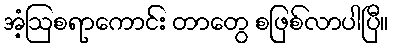
အံ့ဩစရာကောင်း တာတွေ စဖြစ်လာပါပြီ။